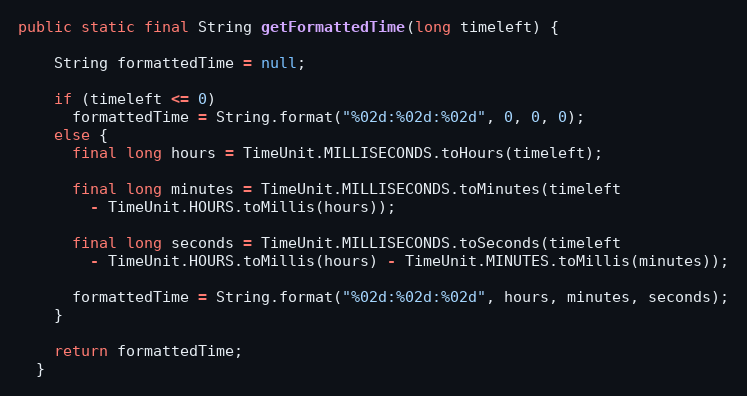
Language: Java
public static final String getFormattedTime(long timeleft) {

    String formattedTime = null;

    if (timeleft <= 0)
      formattedTime = String.format("%02d:%02d:%02d", 0, 0, 0);
    else {
      final long hours = TimeUnit.MILLISECONDS.toHours(timeleft);

      final long minutes = TimeUnit.MILLISECONDS.toMinutes(timeleft
        - TimeUnit.HOURS.toMillis(hours));

      final long seconds = TimeUnit.MILLISECONDS.toSeconds(timeleft
        - TimeUnit.HOURS.toMillis(hours) - TimeUnit.MINUTES.toMillis(minutes));

      formattedTime = String.format("%02d:%02d:%02d", hours, minutes, seconds);
    }

    return formattedTime;
  }